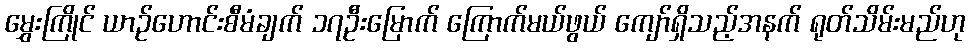
မွှေးကြိုင် ယာဉ်ဟောင်းစီမံချက် ၁၇ဦးမြောက် ကြောက်မယ်ဖွယ် ကျော်ရှိသည့်အနက် ရုတ်သိမ်းမည်ဟု